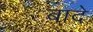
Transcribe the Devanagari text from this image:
बादे